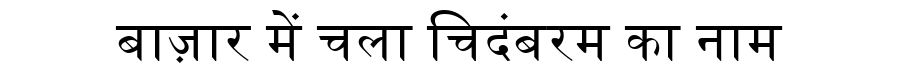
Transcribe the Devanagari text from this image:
बाज़ार में चला चिदंबरम का नाम